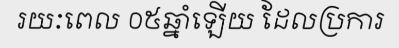
រយៈពេល ០៥ឆ្នាំឡើយ ដែលប្រការ